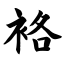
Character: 袼